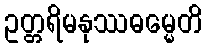
ဥတ္တရိမနုဿဓမ္မေတိ